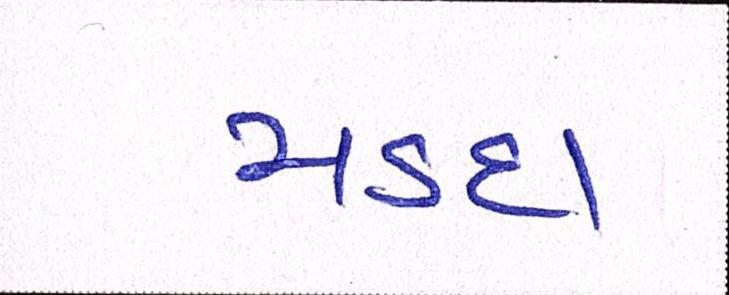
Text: મડદા